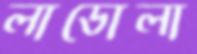
লাডোলা